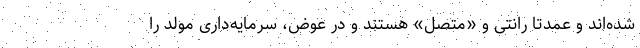
شده‌اند و عمدتا رانتی و «متصل» هستند و در عوض، سرمایه‌داری مولد را